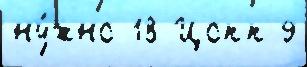
ну́жно 18 Цопп 9